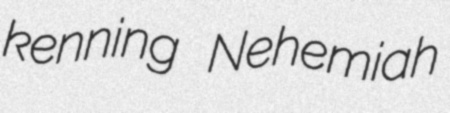
kenning Nehemiah